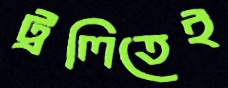
ট্রলিতেই